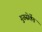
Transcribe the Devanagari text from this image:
गुरुसेवेंत